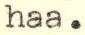
haa.